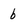
Character: b